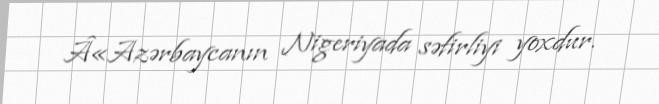
Â«Azərbaycanın Nigeriyada səfirliyi yoxdur.